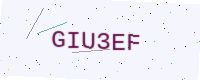
Text: GIU3EF